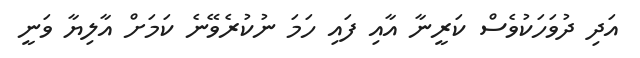
އަދި ދުވަހަކުވެސް ކަރީނާ އާއި ފައި ހަމަ ނުކުރެވޭނެ ކަމަށް އާލިޔާ ވަނީ